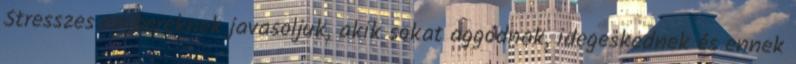
Stresszes embereknek javasoljuk, akik sokat aggódnak, idegeskednek és ennek